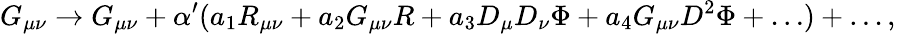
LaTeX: G_{\mu\nu}\rightarrow G_{\mu\nu}+\alpha^{\prime}(a_{1}R_{\mu\nu}+a_{2}G_{\mu\nu}R+a_{3}D_{\mu}D_{\nu}\Phi+a_{4}G_{\mu\nu}D^{2}\Phi+\ldots)+\ldots,\,